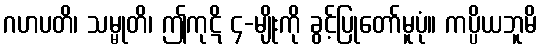
ဂဟပတိ၊ သမ္မုတိ၊ ဤကုဋိ ၄-မျိုးကို ခွင့်ပြုတော်မူပုံ။ ကပ္ပိယဘူမိ